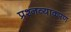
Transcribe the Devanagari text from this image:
प्रश्नव्याकरण